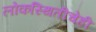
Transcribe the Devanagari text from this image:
लोकस्थितीचेही